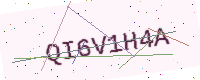
Text: QI6V1H4A